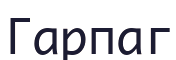
Гарпаг